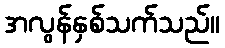
အလွန်နှစ်သက်သည်။